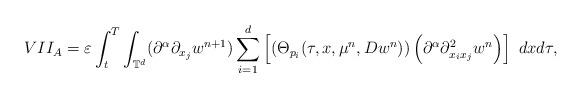
LaTeX: \begin{align*}VII_{A}=\varepsilon\int_{t}^{T}\int_{\mathbb{T}^{d}}(\partial^{\alpha}\partial_{x_{j}}w^{n+1})\sum_{i=1}^{d}\left[\left(\Theta_{p_{i}}(\tau,x,\mu^{n},Dw^{n})\right)\left(\partial^{\alpha}\partial_{x_{i}x_{j}}^{2}w^{n}\right)\right]\ dxd\tau,\end{align*}